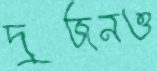
দুজনও